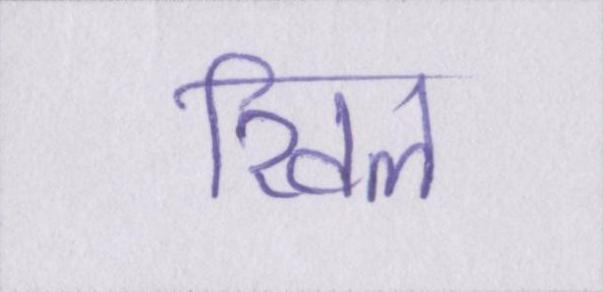
खिल